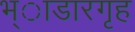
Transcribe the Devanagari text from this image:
भ्ाडारगृह